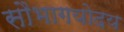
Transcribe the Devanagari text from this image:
सौभागयोदय